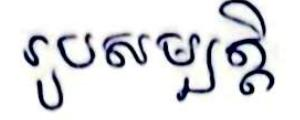
រូបសម្បត្ដិ